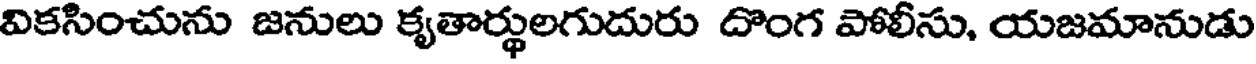
వికసించును జనులు కృతార్థులగుదురు దొంగ పోలీసు, యజమానుడు